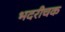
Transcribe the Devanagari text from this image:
भदरीचक